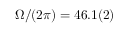
\Omega / ( 2 \pi ) = 4 6 . 1 ( 2 )